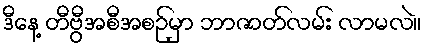
ဒီနေ့ တီဗွီအစီအစဉ်မှာ ဘာဇာတ်လမ်း လာမလဲ။